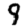
Digit: 9